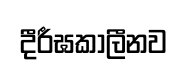
දීරීඝකාලීනව